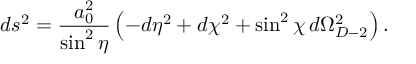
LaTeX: d s ^ { 2 } = \frac { a _ { 0 } ^ { 2 } } { \sin ^ { 2 } \eta } \left( - d \eta ^ { 2 } + d \chi ^ { 2 } + \sin ^ { 2 } \chi \, d \Omega _ { D - 2 } ^ { 2 } \right) .